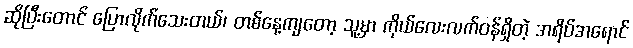
ဆိုပြီးတောင် ပြောလိုက်သေးတယ်၊ တစ်နေ့ကျတော့ သူ့မှာ ကိုယ်လေးလက်ဝန်ရှိတဲ့ အရိပ်အရောင်